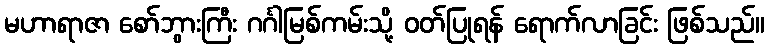
မဟာရာဇာ စော်ဘွားကြီး ဂင်္ဂါမြစ်ကမ်းသို့ ဝတ်ပြုရန် ရောက်လာခြင်း ဖြစ်သည်။